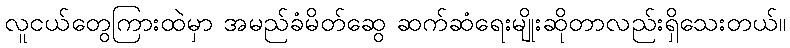
လူငယ်တွေကြားထဲမှာ အမည်ခံမိတ်ဆွေ ဆက်ဆံရေးမျိုးဆိုတာလည်းရှိသေးတယ်။